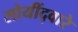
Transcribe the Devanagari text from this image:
सोयींद्वारे